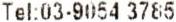
TEL:03-9054 3785